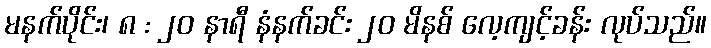
မနက်ပိုင်း၊ ၈ : ၂၀ နာရီ နံနက်ခင်း ၂၀ မိနစ် လေ့ကျင့်ခန်း လုပ်သည်။